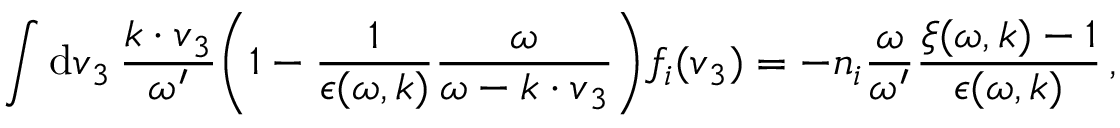
\int \mathrm { d } \boldsymbol { v } _ { 3 } \, \frac { \boldsymbol { k \cdot v } _ { 3 } } { \omega ^ { \prime } } \biggl ( 1 - \frac { 1 } { \epsilon ( \omega , \boldsymbol { k } ) } \frac { \omega } { \omega - \boldsymbol { k \cdot v } _ { 3 } } \biggr ) f _ { i } ( \boldsymbol { v } _ { 3 } ) = - n _ { i } \frac { \omega } { \omega ^ { \prime } } \frac { \xi ( \omega , \boldsymbol { k } ) - 1 } { \epsilon ( \omega , \boldsymbol { k } ) } \, ,